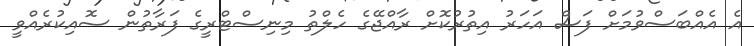
އެ އެއްބަސްވުމަށް ފަސް އަހަރު އިތުރުކޮށް ރާއްޖޭގެ ހެލްތު މިނިސްޓްރީގެ ފަރާތުން ސޮއިކުރެއްވީ